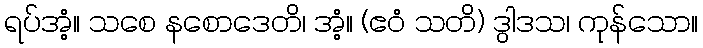
ရပ်အံ့။ သစေ နစောဒေတိ၊ အံ့။ (ဧဝံ သတိ) ဒွါဒသ၊ ကုန်သော။